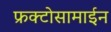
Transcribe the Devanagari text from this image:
फ्रक्टोसामाईन